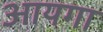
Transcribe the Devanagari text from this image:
आयगा